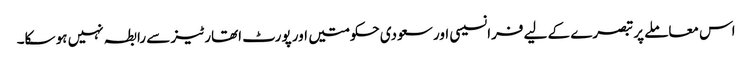
اس معاملے پر تبصرے کے لیے فرانسیسی اور سعودی حکومتیں اور پورٹ اتھارٹیز سے رابطہ نہیں ہو سکا۔